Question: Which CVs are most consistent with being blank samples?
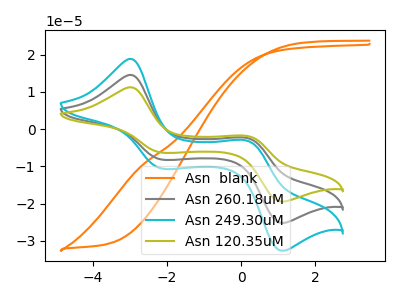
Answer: <think>The orange curve "Asn  blank" has no peaks. The gray curve "Asn 260.18uM" has anodic peaks at (-3.00V, 14.55uA) (0.15V, -2.40uA) and cathodic peaks at (-2.15V, -8.20uA) (1.10V, -25.20uA). The cyan curve "Asn 249.30uM" has anodic peaks at (-3.00V, 18.85uA) (0.15V, -3.10uA) and cathodic peaks at (-2.15V, -10.65uA) (1.10V, -32.65uA). The olive curve "Asn 120.35uM" has anodic peaks at (-3.00V, 29.10uA) (0.15V, -4.80uA) and cathodic peaks at (-2.15V, -16.45uA) (1.10V, -50.45uA).</think>
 <answer>"Asn  blank" is likely to be a blank.</answer>
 <eval>Asn  blank</eval>